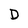
Character: D